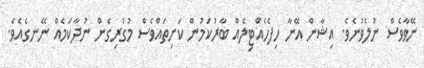
ނޭވާވެސް ނުލެވުނެވެ. އިޝާން އޭނާ ހިފެހެއްޓިލެއް ބާރުކަމުން ކަށިތައްވެސް މުގުރިގެން ނުދާކަމެއް ނޭނގެއެވެ.